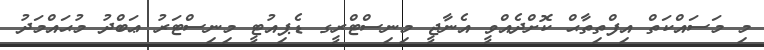
މި މަސައްކަތް އިފްތިތާޙް ކޮށްދެއްވީ އެނާޖީ މިނިސްޓްރީގ ޑެޕިއުޓީ މިނިސްޓަރު ޢަބްދު މުޙައްމަދު